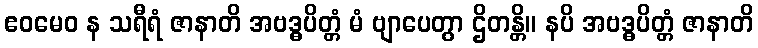
ဧဝမေဝ န သရီရံ ဇာနာတိ အဗဒ္ဓပိတ္တံ မံ ဗျာပေတွာ ဌိတန္တိ။ နပိ အဗဒ္ဓပိတ္တံ ဇာနာတိ